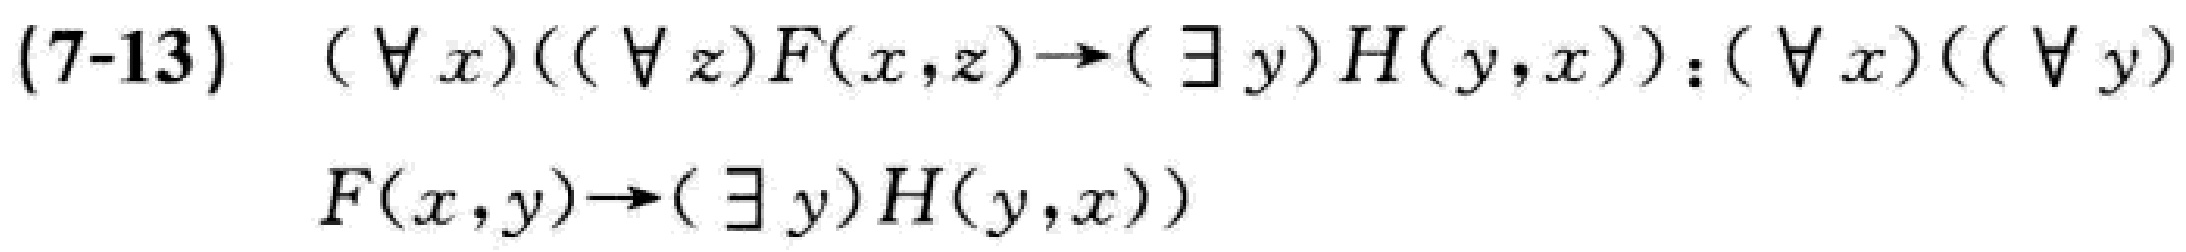
(7-13) \((\forall x)((\forall z)F(x,z)\to(\exists y)H(y,x)):(\forall x)((\forall y)F(x,y)\to(\exists y)H(y,x))\)